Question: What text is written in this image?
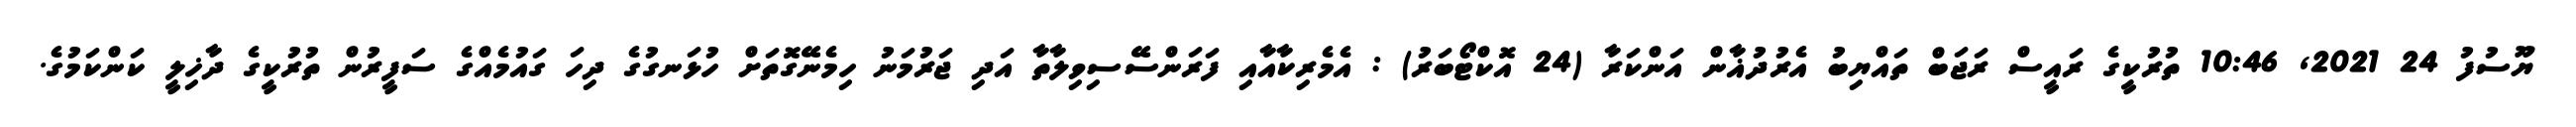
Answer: ޔޫސުފު 24 2021, 10:46 ތުރުކީގެ ރައީސް ރަޖަބް ތައްޔިބު އެރުދުޣާން އަންކަރާ (24 އޮކްޓޯބަރު) : އެމެރިކާއާއި ފަރަންސޭސިވިލާތާ އަދި ޖަރުމަނު ހިމެނޭގޮތަށް ހުޅަނގުގެ ދިހަ ގައުމެއްގެ ސަފީރުން ތުރުކީގެ ދާޚިލީ ކަންކަމުގެ.